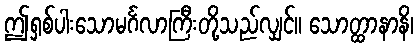
ဤရှစ်ပါးသောမင်္ဂလာကြီးတို့သည်လျှင်။ သောတ္ထာနာနိ၊